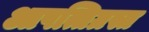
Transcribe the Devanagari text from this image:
आपत्तिग्रस्त